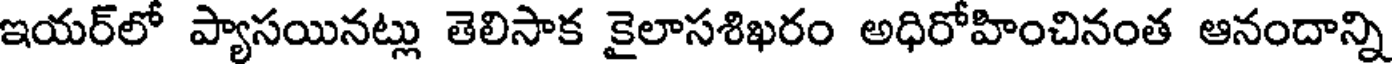
ఇయర్లో ప్యాసయినట్లు తెలిసాక కైలాసశిఖరం అధిరోహించినంత ఆనందాన్ని